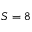
S = 8